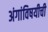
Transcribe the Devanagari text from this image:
अंगांविषयीची